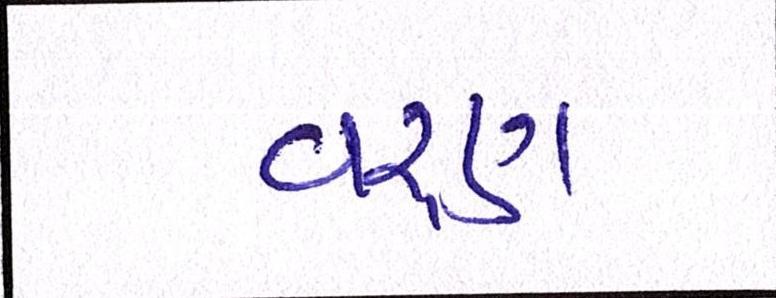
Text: વરૃણ